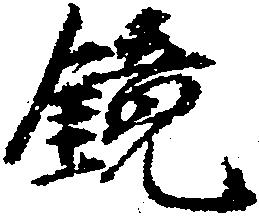
鏡